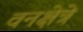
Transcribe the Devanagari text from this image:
वनक्षेत्रे